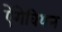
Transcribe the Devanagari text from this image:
ऐंगेवियन